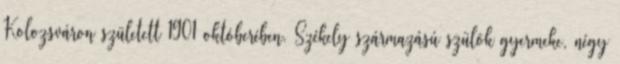
Kolozsváron született 1901 októberében. Székely származású szülõk gyermeke, négy